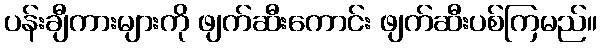
ပန်းချီကားများကို ဖျက်ဆီးကောင်း ဖျက်ဆီးပစ်ကြမည်။